Annual administration report of the Civil Veterinary Department of India - 1899-1900
Year: 1899
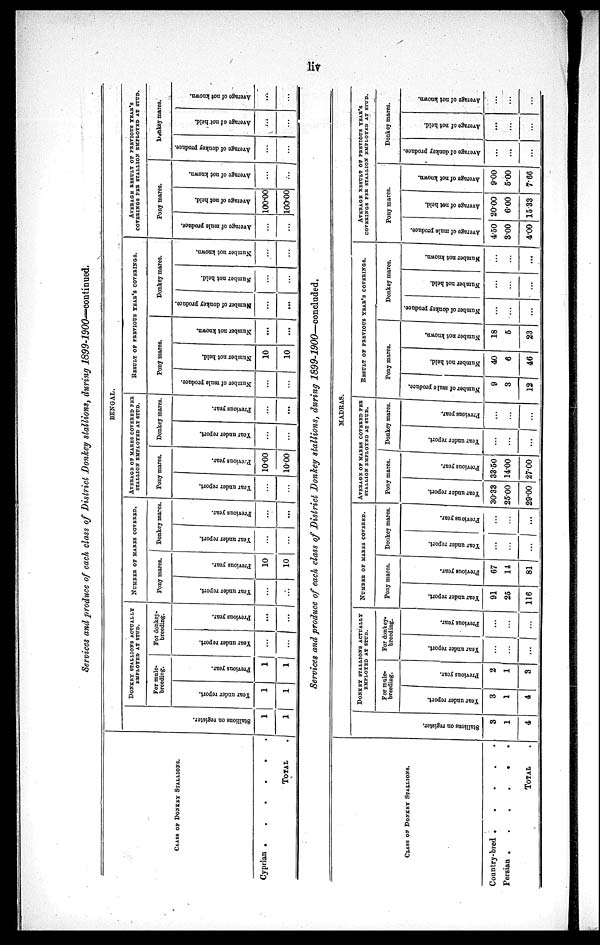
liv
Services and produce of each class of District Donkey stallions, during 1899-1900— continued.
CLASS OF DONKEY STALLIONS.
Cyprian .
.
.
.
.
.
TOTAL
.
BENGAL.
St al l
i
ons on register.
1
1
DONKEY STALLIONS ACTUALLY
EMPLOYED AT STUD.
For male-
breeding.
Year
under report.
1
1
Previous year.
1
1
For donkey-
breeding.
Year under report.
...
...
Previous year.
...
...
NUMBER OF MARES COVERED.
Pony mares.
Year under report.
...
...
Previous year.
10
10
Donkey mares.
Year under report.
...
...
Previous year.
...
...
AVERAGE OF MARES COVERED PER
STALLION EMPLOYED AT STUD.
Pony marcs.
Year under report.
...
...
Previous year.
10.00
10.00
Donkey mares.
Year under report.
...
...
Previous year.
...
...
RESULT OF PREVIOUS YEAR'S COVERINGS.
Pony mares.
Number of mule produce.
...
...
Number not held.
10
10
Number not known.
...
...
Donkey mares.
Number of donkey produce
...
...
Number not held.
...
...
Number not known.
...
...
AVERAGE RESULT OF PREVIOUS YEAR'S
COVERINGS PER STALLION EMPLOYED AT STUD.
Pony mares.
Average of mule produce.
...
...
Average of not held.
100.00
100.00
Average of not known.
...
...
Donkey mares.
Average of donkey produce.
...
...
Average of not held.
...
...
Average
of not known.
...
...
Services and produce of each class of District Donkey stallions, during 1899-1900—concluded.
CLASS OF DONKEY STALLIONS.
Country-bred .
.
.
.
.
Persian .
.
.
.
.
.
TOTAL .
MADRAS.
St al l
i
ons on register.
3
1
4
DONKEY STALLIONS ACTUALLY
EMPLOYED AT STUD.
For mule-
breeding.
Year under report.
3
1
4
Previous year.
2
1
3
For donkey-
breeding.
Year under report.
...
...
...
Previous year.
...
...
...
NUMBER OF MARES COVERED.
Pony mares.
Year under report.
91
25
116
Previous year.
67
11
81
Donkey mares.
Year under report.
...
...
...
Previous year.
...
...
...
AVERAGE OF MARES COVERED PER
STALLION EMPLOYED AT STUD.
Pony mares.
Year under report.
30.33
25.00
29.00
Previous year.
33.50
14.00
27.00
Donkey mares.
Year under report.
...
...
...
Previous year.
...
...
...
RESULT OF PREVIOUS YEAR'S COVERINGS.
Pony mares.
Number of mule produce.
9
3
12
Number not held.
40
6
46
Number not known.
18
5
23
Donkey mares.
Number of donkey produce.
...
...
...
Number not held.
...
...
...
Number not known.
...
...
...
AVERAGE RESULT OF PREVIOUS YEAR'S
COVERINGS PER STALLION EMPLOYED AT STUD.
Pony mares.
Average of mule produce.
4.50
3.00
4.00
Average of not held.
2000
6.00
15.33
Average of not known.
9.00
5.00
7.66
Donkey mares.
Average of donkey produce.
..
...
...
Average of not held.
...
...
...
Average of not known.
...
...
...